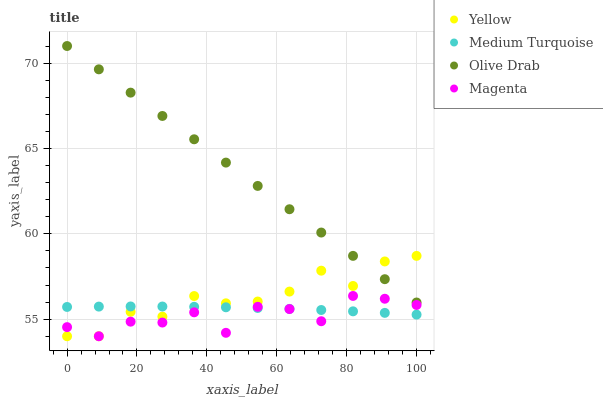
| xaxis_label | Yellow | Medium Turquoise | Olive Drab | Magenta |
 | --- | --- | --- | --- | --- |
 | 0 | 54 | 55.7 | 71 | 54.5 |
 | 9.09 | 54 | 55.7 | 69.6 | 54 |
 | 18.2 | 55.4 | 55.7 | 68.3 | 54.9 |
 | 27.3 | 55.1 | 55.7 | 66.9 | 54.8 |
 | 36.4 | 56.4 | 55.7 | 65.5 | 55.4 |
 | 45.5 | 55.9 | 55.7 | 64.2 | 54.2 |
 | 54.5 | 56 | 55.7 | 62.8 | 55.7 |
 | 63.6 | 56.6 | 55.6 | 61.4 | 55.6 |
 | 72.7 | 57.8 | 55.5 | 60.1 | 54.9 |
 | 81.8 | 56.9 | 55.5 | 58.7 | 56.4 |
 | 90.9 | 58.4 | 55.4 | 57.3 | 56.2 |
 | 100 | 58.7 | 55.3 | 56 | 55.8 |